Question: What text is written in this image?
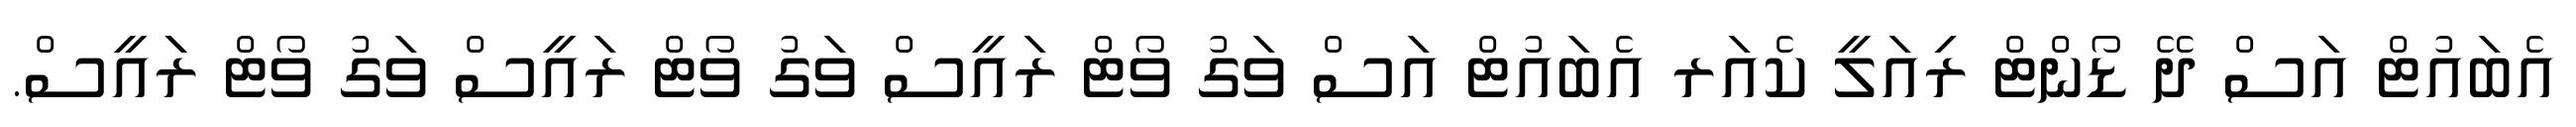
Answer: އެބައުޓް އަސް ދޭ ޑޯންޓް ރިއަލީ ކެއަރ އެބައުޓް އަސް ވަގު ވޯޓް ރައީސް ވަގު ވޯޓް ރައީސް ވަގު ވޯޓް ރަައީސް.